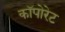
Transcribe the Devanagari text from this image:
कॉपोरेट